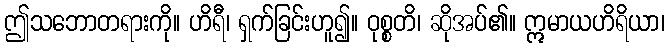
ဤသဘောတရားကို။ ဟိရီ၊ ရှက်ခြင်းဟူ၍။ ဝုစ္စတိ၊ ဆိုအပ်၏။ ဣမာယဟိရိယာ၊